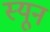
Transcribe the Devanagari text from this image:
स्यून